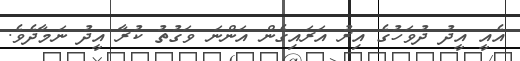
އެއީ އީދު ދުވަހުގެ އިރު އަރައިގެން އަންނަ ވަގުތު ކުރާ އީދު ނަމާދެވެ.